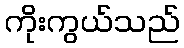
ကိုးကွယ်သည်